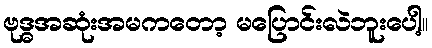
ဗုဒ္ဓအဆုံးအမကတော့ မပြောင်းလဲဘူးပေါ့။